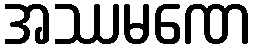
အဿမဏေ